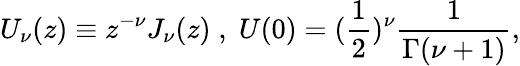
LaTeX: U_{\nu}(z)\equiv z^{-\nu}J_{\nu}(z)\; ,\; U(0)=(\frac{1}{2})^{\nu}\frac{1}{\Gamma(\nu+1)},